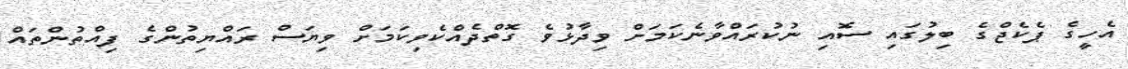
އެހީގެ ޕެކެޖްގެ ބިލުގައި ސޮއި ނުކުރައްވާނެކަމަށް ވިދާޅުވެ ގޮތްދެއްކެވިކަމަށް ވިޔަސް ރައްޔިތުންގެ ފިއްތުންތައް